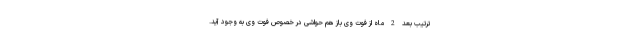
ترتیب بعد 2 ماه از فوت وی باز هم حواشی در خصوص فوت وی به وجود آید.